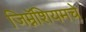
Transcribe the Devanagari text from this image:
जिम्नॅशियमचे